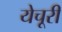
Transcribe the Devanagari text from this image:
येचूरी